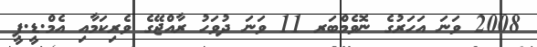
2008 ވަނަ އަހަރުގެ ނޮވެމްބަރ 11 ވަނަ ދުވަހު ރާއްޖޭގެ ވެރިކަމާއި އެމް.ޑީ.ޕީ